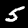
Digit: 5